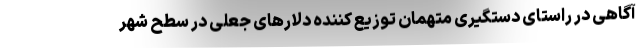
آگاهی در راستای دستگیری متهمان توزیع کننده دلارهای جعلی در سطح شهر